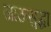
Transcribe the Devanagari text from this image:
जाऊसुद्धा